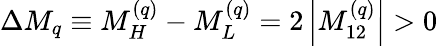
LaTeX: \Delta M_{q}\equiv M_{H}^{(q)}-M_{L}^{(q)}=2\left|M_{12}^{(q)}\right|>0